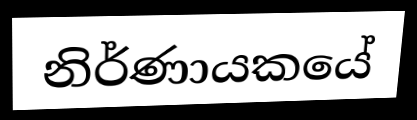
නිර්ණායකයේ